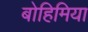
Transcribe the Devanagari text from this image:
बोहिमिया